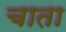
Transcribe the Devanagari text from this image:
चाता